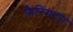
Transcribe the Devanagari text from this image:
फ़ैरिंगटन